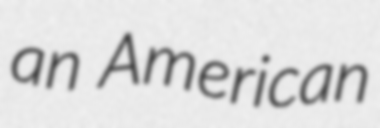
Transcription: an American